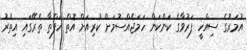
އުމަރުގެ ސިއްހީ ފަރުވާގެ ކަންކަން ހަމަޖެއްސުމަށް ކުރިއަށް އޮތް ހަފްތާ ތެރޭގައި އިތުރު